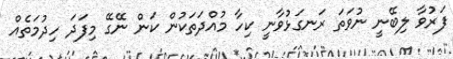
ފަރުވާ ލިބޭނީ ނުވަތަ ރަނގަޅުވާނީ ކިހާ މުއްދަތަކުން ކަން ނޭގޭ މިފަދަ ހިދުމަތެއް